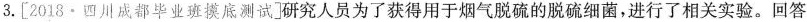
3.[2018·四川成都毕业班摸底测试]研究人员为了获得用于烟气脱硫的脱硫细菌，进行了相关实验。回答